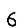
Digit: 6